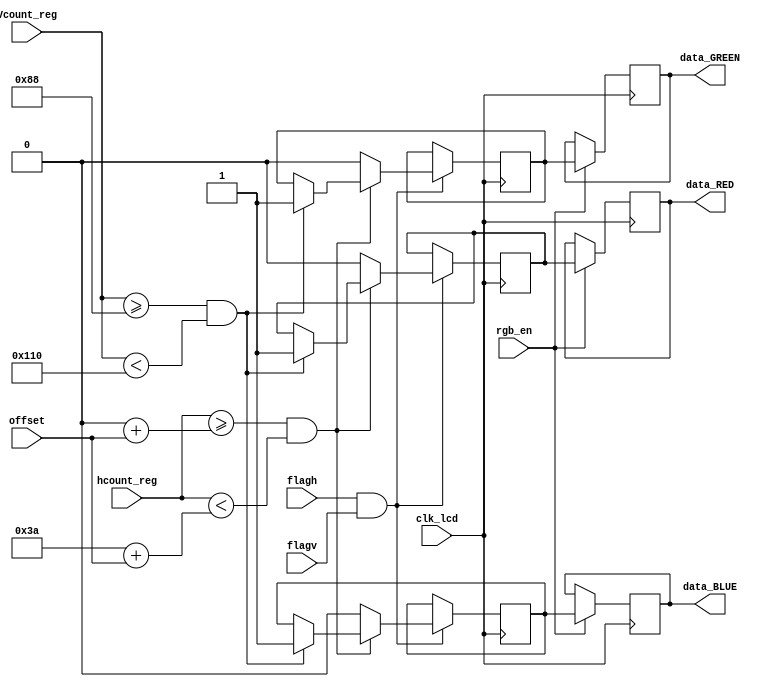
`timescale 1ns / 1ps
//////////////////////////////////////////////////////////////////////////////////
// Company: 
// Engineer: 
// 
// Design Name: 
// Module Name:    display 
// Project Name: 
// Target Devices: 
// Tool versions: 
// Description: 
//
// Dependencies: 
//
// Revision: 
// Revision 0.01 - File Created
// Additional Comments: 
//
//////////////////////////////////////////////////////////////////////////////////

module display(offset,rgb_en,clk_lcd, flagv, flagh, data_RED, data_BLUE, data_GREEN, hcount_reg,Vcount_reg);
				
input clk_lcd,flagh, flagv,rgb_en; 
input  [9:0] hcount_reg,offset;
input [8:0]Vcount_reg;
output reg  data_RED, data_BLUE;
output reg  data_GREEN;
reg  RED, BLUE;
reg  GREEN; 
wire Data_out;


initial
begin
data_RED<=0; 
data_BLUE<=0; 
data_GREEN<=0; 

end




// AND between flagh y flagv
assign Data_out=(flagh&flagv);



always @(posedge clk_lcd)
begin
if(Data_out)
if(hcount_reg>=(0+offset) && hcount_reg<(58+offset))begin
		if(Vcount_reg>=136 && Vcount_reg<272)
		begin
		RED<=1; 
		BLUE<=1; 
		GREEN<=1;
		end
     end

else begin
RED<=0; 
BLUE<=0; 
GREEN<=0;
end 

end

								
								
//Output sync  
always@(posedge clk_lcd) 
begin 
if(rgb_en)begin
data_RED<=RED; 
data_BLUE<=BLUE; 
data_GREEN<=GREEN; 
end 
end
endmodule